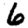
Digit: 6